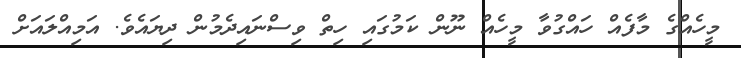
މީހެއްގެ މާފެއް ހައްގުވާ މީހެއް ނޫން ކަމުގައި ހިތް ވިސްނައިދެމުން ދިޔައެވެ. އަމިއްލައަށް